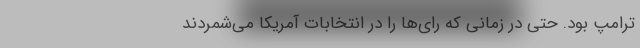
ترامپ بود. حتی در زمانی که رای‌ها را در انتخابات آمریکا می‌شمردند